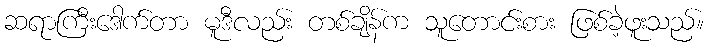
ဆရာကြီးဒေါက်တာ မူဒီလည်း တစ်ချိန်က သူတောင်းစား ဖြစ်ခဲ့ဖူးသည်။